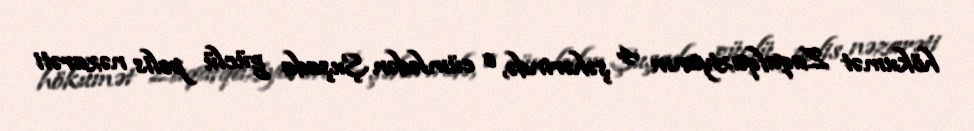
hökumət Zaqafqaziyanın 4 şəhərində, o cümlədən Şuşada güclü polis nəzarəti